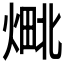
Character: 𬊴